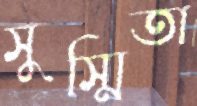
সুস্মিতা